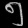
Digit: ၅